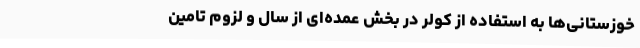
خوزستانی‌ها به استفاده از کولر در بخش عمده‌ای از سال و لزوم تامین